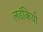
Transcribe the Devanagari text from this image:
लडंकियो